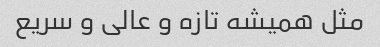
مثل همیشه تازه و عالی و سریع